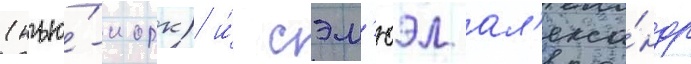
(нью́-иорк) и́ сэм'юэл ал'екса́ндр